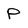
Character: P